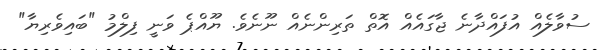
ސުވާލެއް އުފައްދާނެ ޖާގައެއް އޮތް ތަރިންނެއް ނޫނެވެ. ޔޫއްޕެ ވަނީ ފިލްމު "ބައިވެރިޔާ"